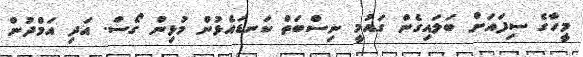
މީހާގެ ސިފައަށް ބަލައިގެން ގައުމީ ނިސްބަތް ކަނޑައެޅުން މުޅިން ގޯސް. އަދި އަމްދުން